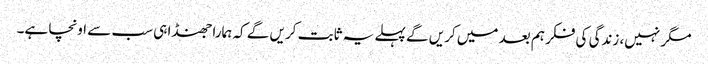
مگر نہیں، زندگی کی فکر ہم بعد میں کریں گے پہلے یہ ثابت کریں گے کہ ہمارا جھنڈا ہی سب سے اونچا ہے۔